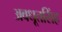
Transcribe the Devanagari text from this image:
अवधूतसिंह